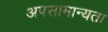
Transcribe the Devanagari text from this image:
अपसामान्यता